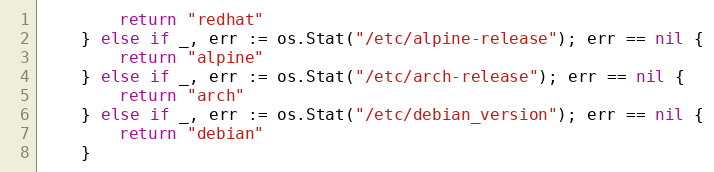
Language: Go
		return "redhat"
	} else if _, err := os.Stat("/etc/alpine-release"); err == nil {
		return "alpine"
	} else if _, err := os.Stat("/etc/arch-release"); err == nil {
		return "arch"
	} else if _, err := os.Stat("/etc/debian_version"); err == nil {
		return "debian"
	}